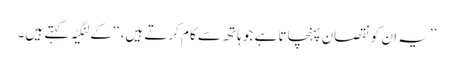
’’یہ ان کو نقصان پہنچاتا ہے جو ہاتھ سے کام کرتے ہیں،‘‘ کے لِنگیّہ کہتے ہیں۔